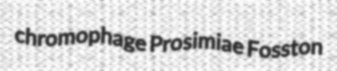
chromophage Prosimiae Fosston